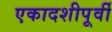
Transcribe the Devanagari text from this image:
एकादशीपूर्वी